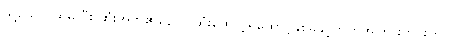
သို့သော်ပထမ ဦး ဆုံးအိတ်၏နောက်ဆုံးထောင့်ရှိထောင့်နှစ်ခုနှင့်တူကိုအကြားတိုင်းတာ။